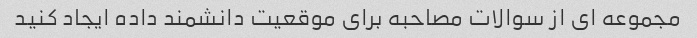
مجموعه ای از سوالات مصاحبه برای موقعیت دانشمند داده ایجاد کنید